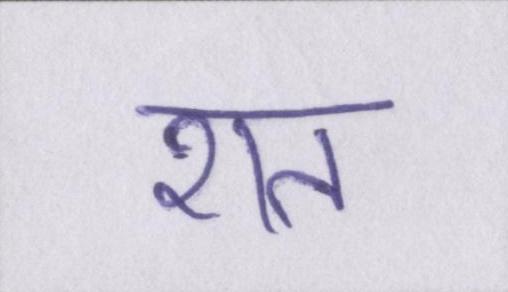
शत